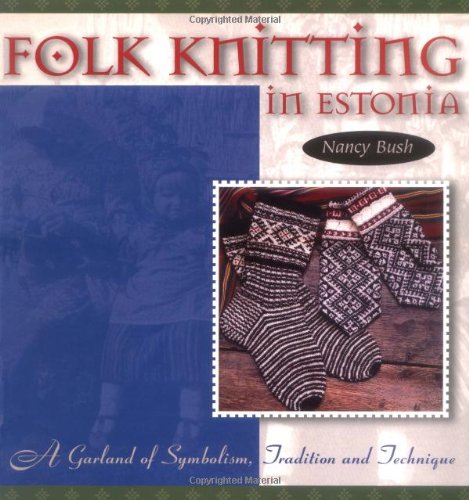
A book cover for Folk Knitting in Estonia (Folk Knitting series); Nancy Bush; Crafts, Hobbies & Home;